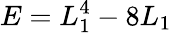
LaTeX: E=L_{1}^{4}-8L_{1}